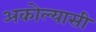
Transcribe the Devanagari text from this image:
अकोल्यासी